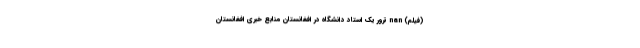
(فیلم) nan ترور یک استاد دانشگاه در افغانستان منابع خبری افغانستان